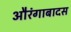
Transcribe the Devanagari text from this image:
औरंगाबादस